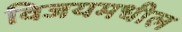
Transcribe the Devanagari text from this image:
विजयमधील